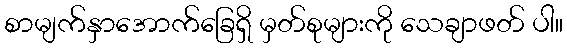
စာမျက်နှာအောက်ခြေရှိ မှတ်စုများကို သေချာဖတ် ပါ။